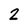
Character: 2